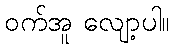
ဝက်အူ လျော့ပါ။